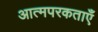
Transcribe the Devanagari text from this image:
आत्मपरकताएँ